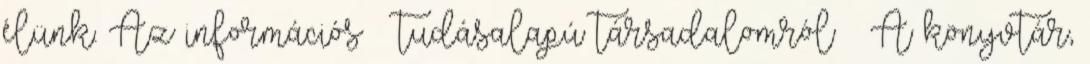
élünk. Az információs tudásalapú társadalomról A könyvtár,